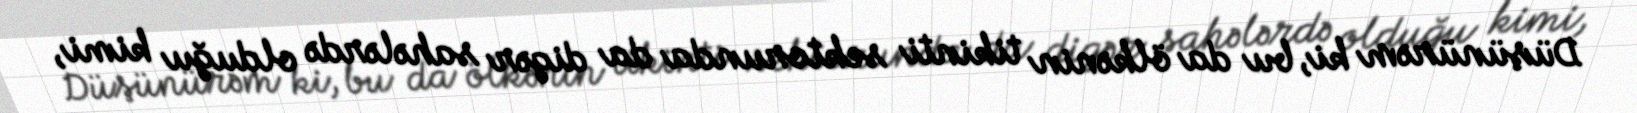
Düşünürəm ki, bu da ölkənin tikinti sektorunda da digər sahələrdə olduğu kimi,